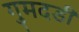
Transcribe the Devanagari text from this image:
गुमदडी